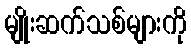
မျိုးဆက်သစ်များကို